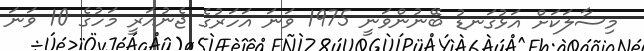
މިސާލަކަށް އަޅުގަނޑު ބޭނުންވަނީ 1975 ވަނަ އަހަރުގެ ޖެނުއަރީ މަހުގެ 10 ވަނަ